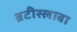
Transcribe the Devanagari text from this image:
ब्रटीस्लावा